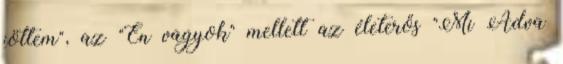
jöttem", az "Én vagyok" mellett az életerős "Mi Adva